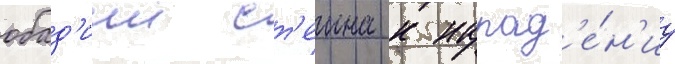
обад'иии ст'еина к напад'е́н'иу